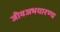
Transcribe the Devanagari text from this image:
जीवअभयारण्य